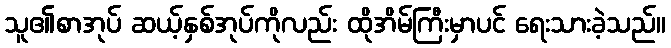
သူ၏စာအုပ် ဆယ့်နှစ်အုပ်ကိုလည်း ထိုအိမ်ကြီးမှာပင် ရေးသားခဲ့သည်။